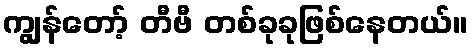
ကျွန်တော့် တီဗီ တစ်ခုခုဖြစ်နေတယ်။